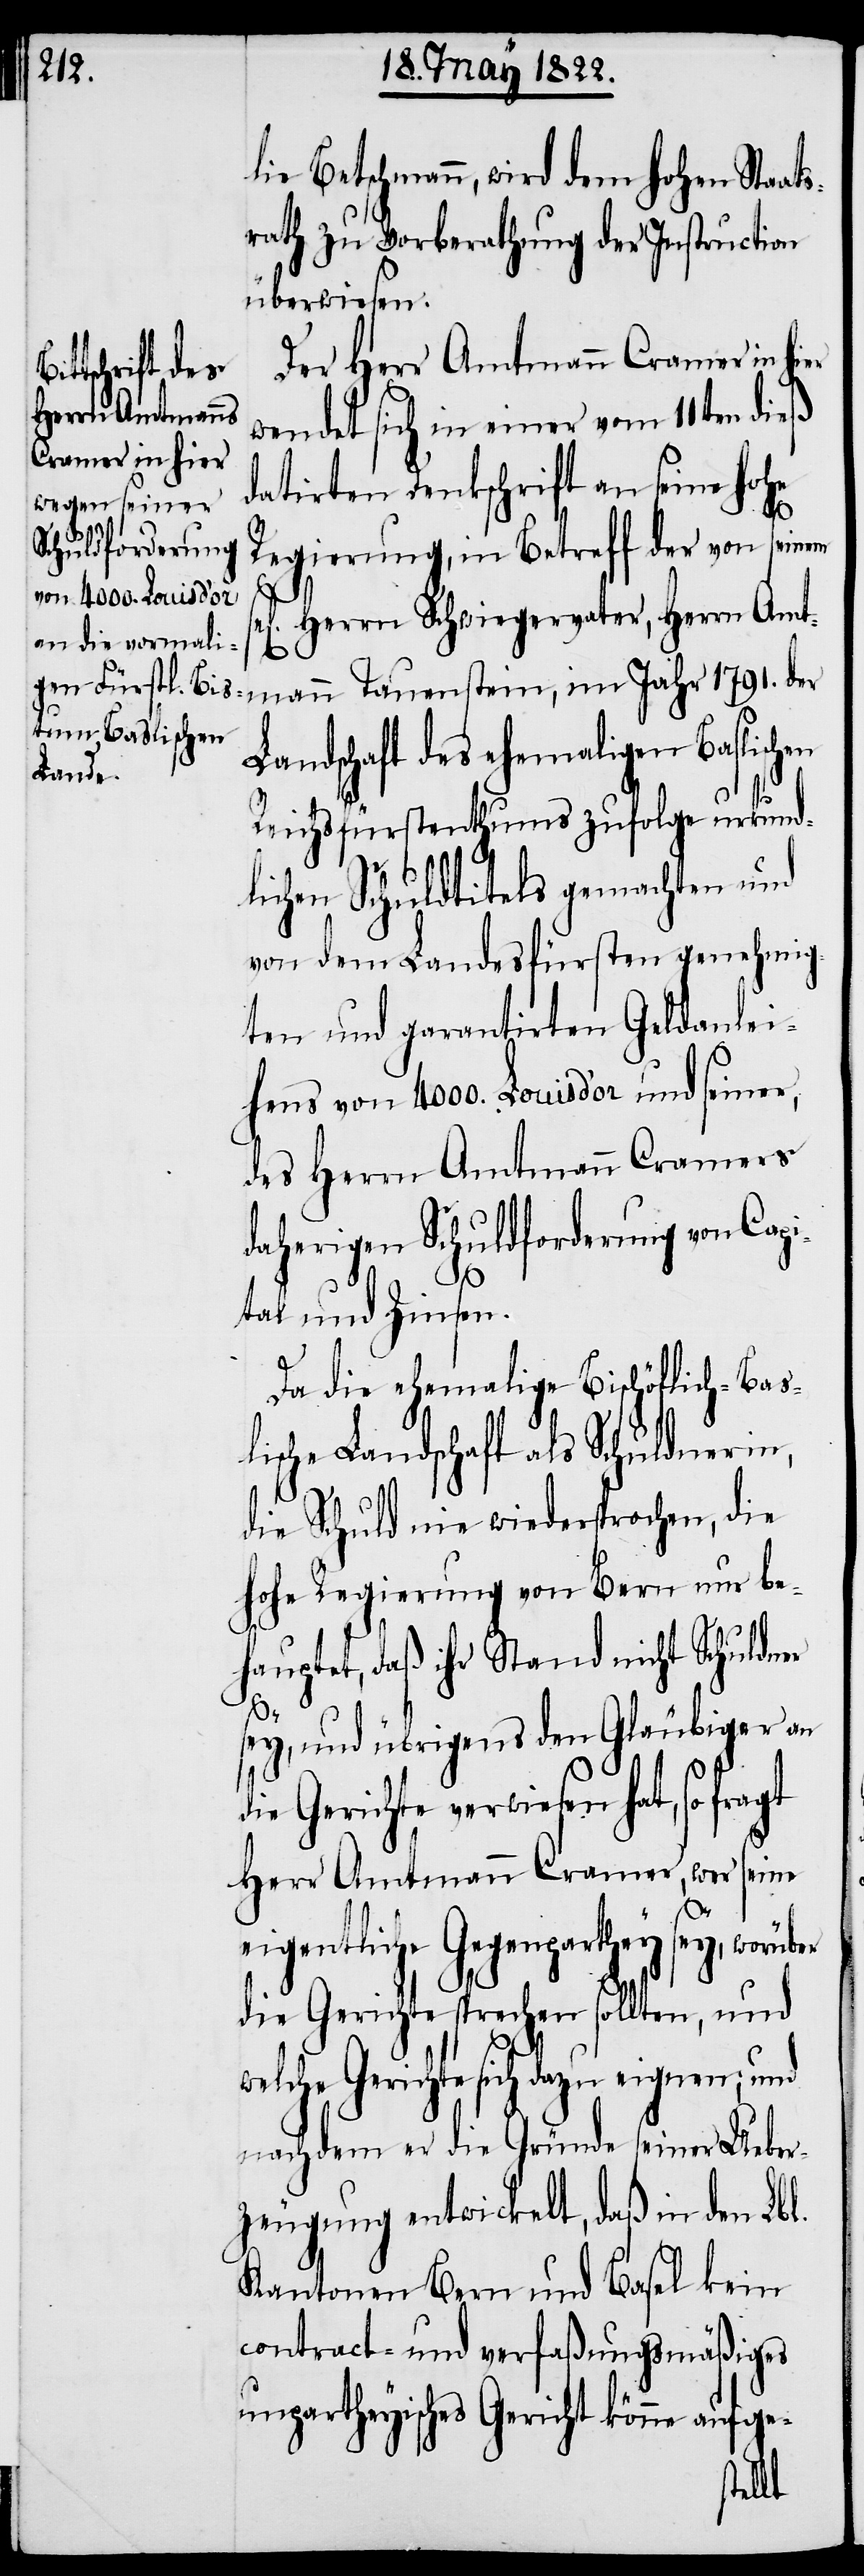
lie Betschmann, wird dem hohen Staat¬
srath zu Vorberathung der Instruction
überwiesen.
Der Herr Amtmann Cramer in h¬
wendet sich in einer vom 11ten dieß
datirten Denkschrift an seine hohe
der
Regierung, in Betreff der von seinem
sel[ig¬
en] Herrn Schwiegervater, Herrn Amt¬
Landschaft des ehemaligen Baslischen
mann
von dem Landesfürsten genehmig¬
ten und garantirten Geldanlei¬
hens von 4000. Louis d’or und seiner,
des Herrn Amtmann Cramers
daherigen Schuldforderung von Capi¬
tal und Zinsen.
Da die ehemalige Bischöflich-Bas¬
lische Landschaft als Schuldnerin,
die Schuld nie wiedersprochen, die
hohe Regierung von Bern nur be¬
hauptet, daß ihr Stand nicht Schuldner
sey, und übrigens den Gläubiger an
die Gerichte verwiesen hat, so
Herr Amtmann Cramer, wer seine
eigentliche Gegenparthey sey, worüber
die Gerichte sprechen sollten, und
welche Gerichte sich dazu eignen; und
nachdem er die Gründe seiner Ueber¬
zeugung entwickelt, daß in den Lbl.
Kantonen Bern und Basel kein
contact- und verfaßungsmäßiges
unpartheyisches Gericht könne aufge-